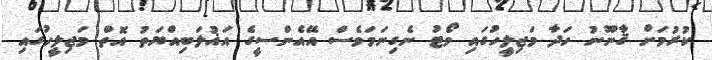
ކުރުމަށް ޤާނޫނު ހަދާ މަޖިލީހުގައި ވޯޓު ނެގިނަމަވެސް އޭއެންސީގެ އަޣުލަބިއްޔަތު އޮތް މަޖިލީހުގައި